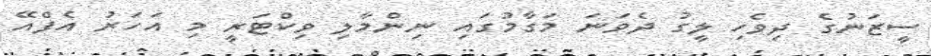
ސީޒަނުގެ ދިވެހި ލީގު ދެވަނަ މަގާމުގައި ނިންމާލި ވިކްޓަރީ މި އަހަރު އެފްއޭ